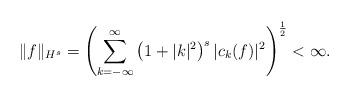
LaTeX: \begin{align*}\Vert f \Vert_{H^s} = \left(\sum_{k = -\infty}^\infty \left( 1 + |k|^2 \right)^{s} |c_k(f)|^2 \right)^{\frac{1}{2}} < \infty.\end{align*}